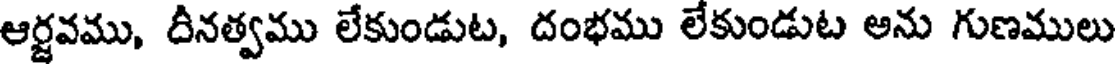
ఆర్జవము, దీనత్వము లేకుండుట, దంభము లేకుండుట అను గుణములు